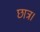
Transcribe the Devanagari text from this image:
छात्र।